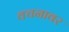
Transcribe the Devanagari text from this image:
वचनावर